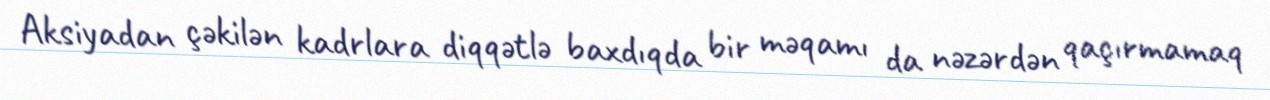
Aksiyadan çəkilən kadrlara diqqətlə baxdıqda bir məqamı da nəzərdən qaçırmamaq